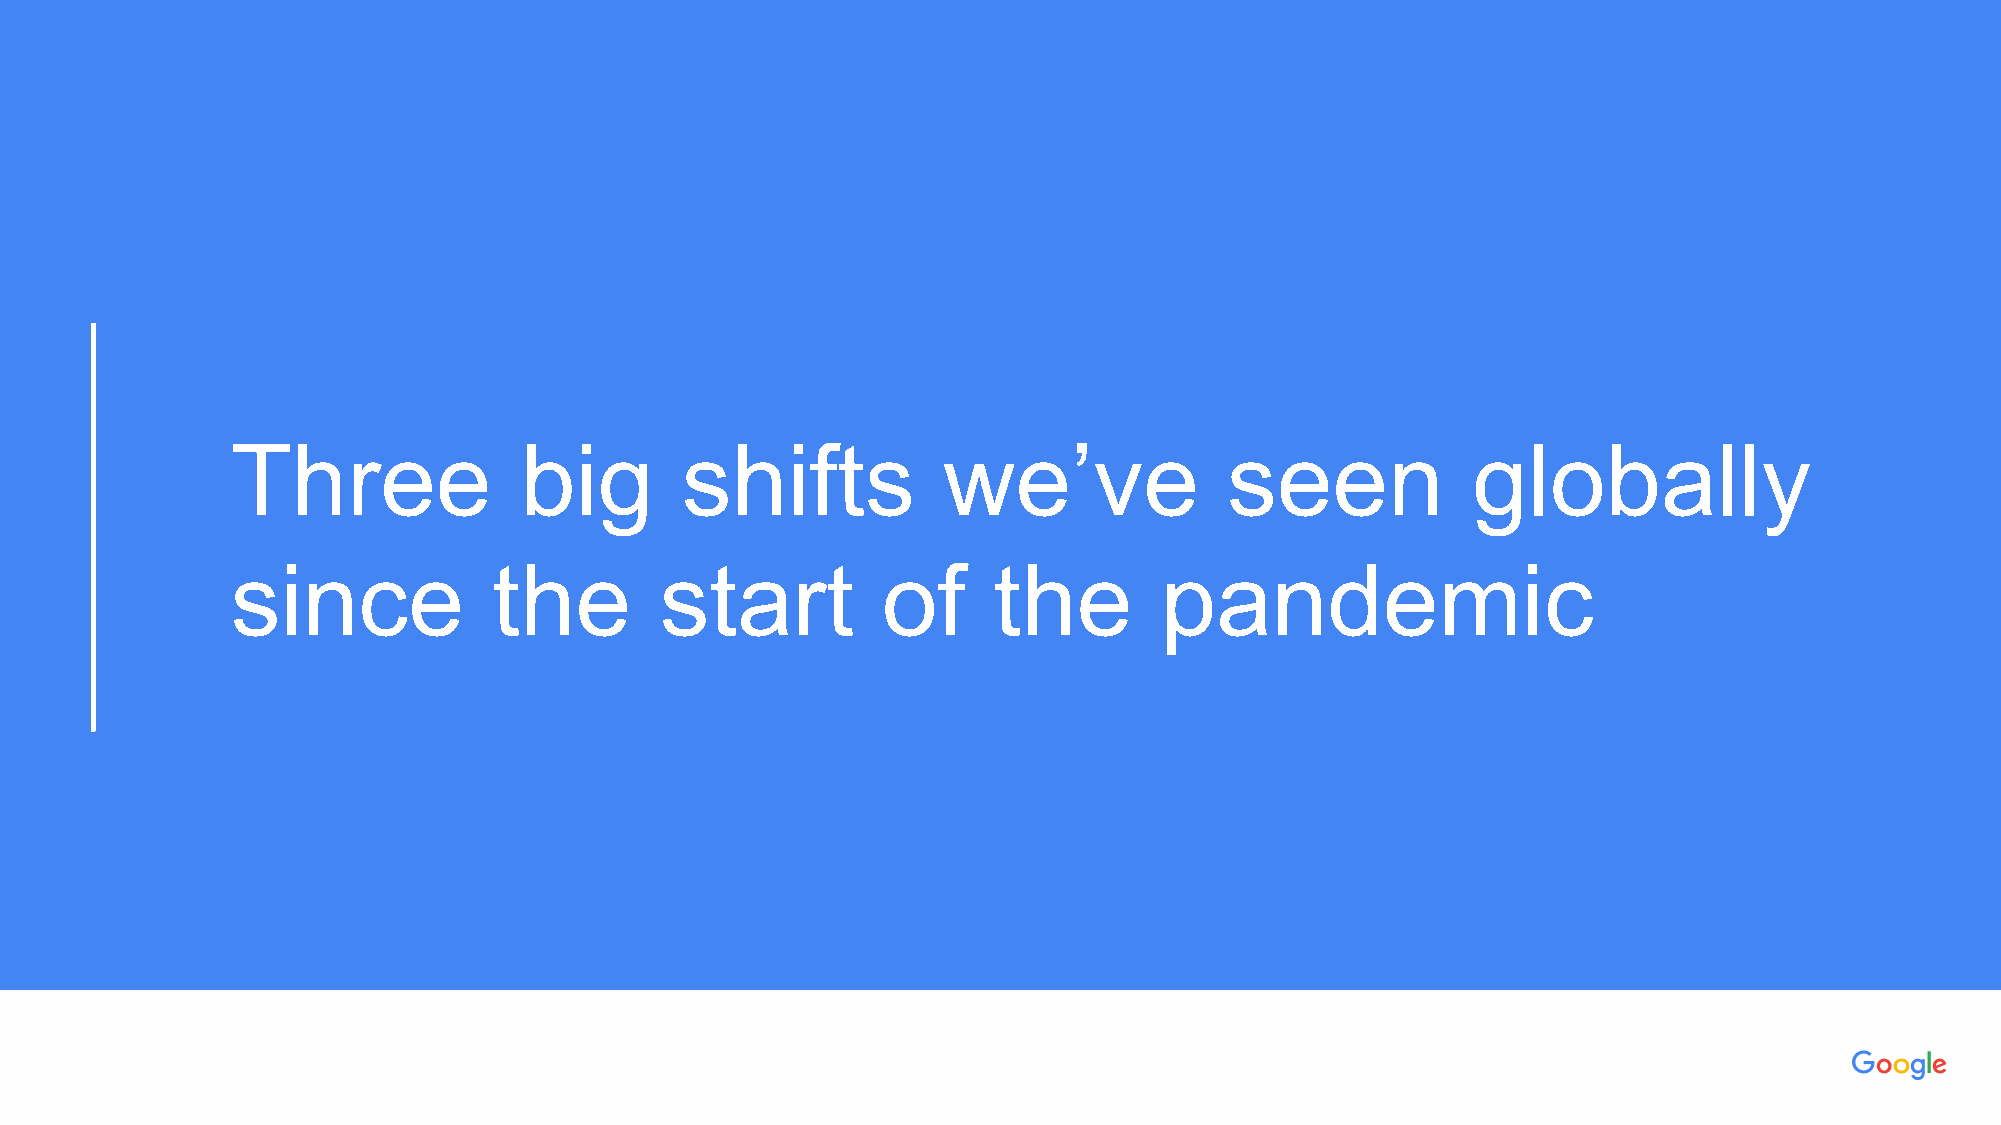
PPrroopprriieettaarryy ++ CCoonnffiiddeennttiiaall
 Three              big        shifts           we’ve              seen            globally
 since             the        start         of      the        pandemic